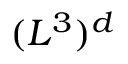
( L ^ { 3 } ) ^ { d }